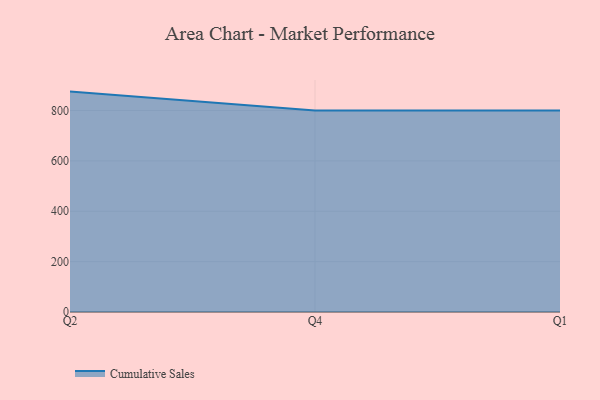
{"axis": {"x": "Quarter", "y": "Demand Index"}, "legend": ["Cumulative Sales"], "data": [{"x": "Q2", "y": 875.3, "type": "Cumulative Sales"}, {"x": "Q4", "y": 800, "type": "Cumulative Sales"}, {"x": "Q1", "y": 800, "type": "Cumulative Sales"}]}